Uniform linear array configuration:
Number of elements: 48
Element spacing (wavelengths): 0.5
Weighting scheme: kaiser
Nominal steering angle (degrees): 60
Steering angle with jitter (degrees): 59.285
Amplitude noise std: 0.05
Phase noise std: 0.05

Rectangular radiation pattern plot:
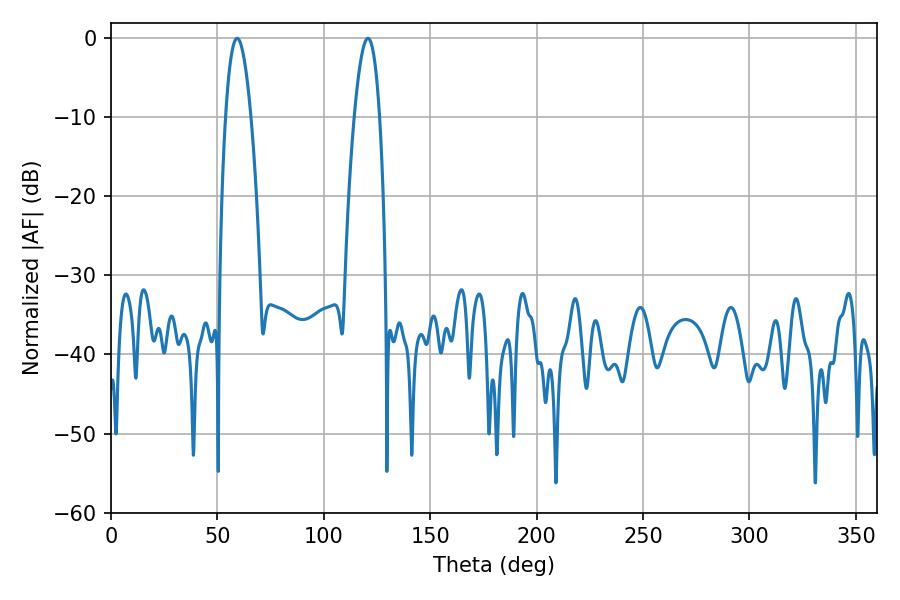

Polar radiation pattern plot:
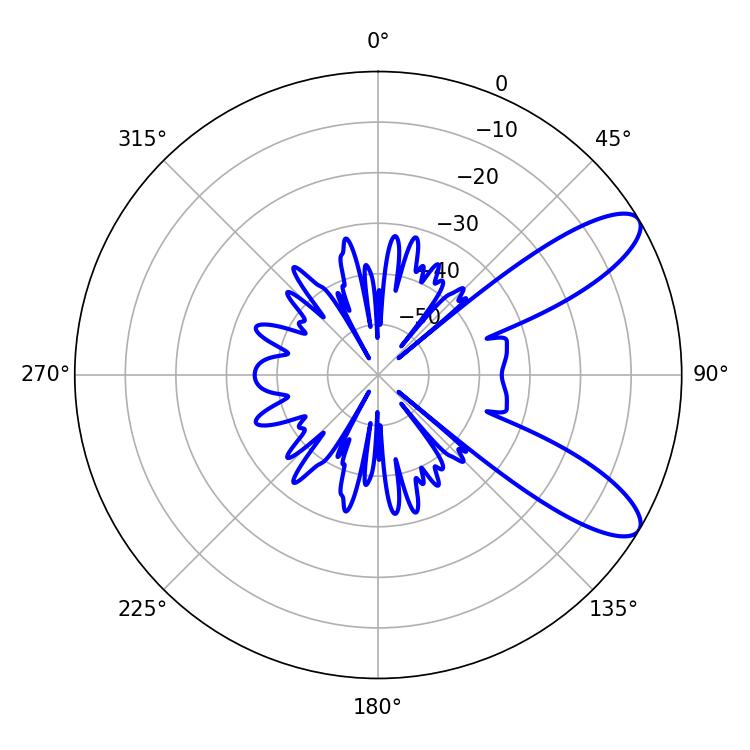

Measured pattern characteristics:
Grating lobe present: FALSE
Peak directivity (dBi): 9.741
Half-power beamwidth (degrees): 6.48
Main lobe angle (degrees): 59.22